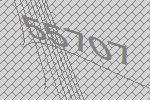
55707